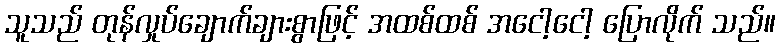
သူသည် တုန်လှုပ်ချောက်ချားစွာဖြင့် အထစ်ထစ် အငေါ့ငေါ့ ပြောလိုက် သည်။